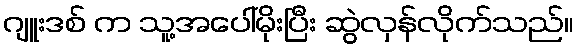
ဂျူးဒစ် က သူ့အပေါ်မိုးပြီး ဆွဲလှန်လိုက်သည်။